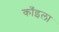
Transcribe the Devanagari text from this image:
काँइला